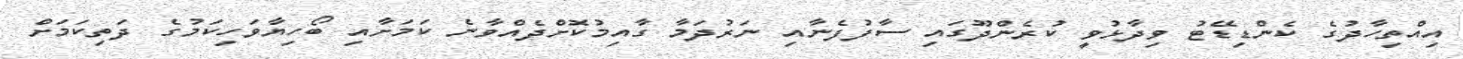
އިއްތިހާދުގެ ކެންޑިޑޭޓު ވިދާޅުވީ ކުރެންދޫގައި ސާފުފެނާއި ނަރުދަމާ ގާއިމުކޮށްދެއްވާނެ ކަމަށާއި ބޯހިޔާވަހިކަމުގެ ދަތިކަމަށް